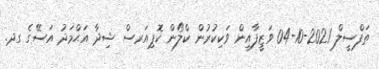
ތަފްސީލް 2021-10-04 ވަޒީފާއިން ވަކިކުރުން ކްލޯން ކޮޕިއަރސް ޝިދާ އަޙްމަދު އަސޭގެ ގދ.